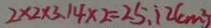
2 \times 2 \times 3 . 1 4 \times 2 = 2 5 . 1 2 ( c m ^ { 2 } )